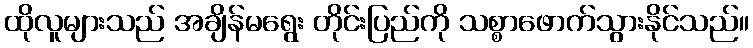
ထိုလူများသည် အချိန်မရွေး တိုင်းပြည်ကို သစ္စာဖောက်သွားနိုင်သည်။